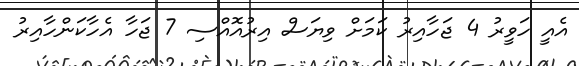
އެއީ ހަވީރު 4 ޖަހާއިރު ކަމަށް ވިޔަސް އިރުއޮއްސި 7 ޖަހާ އެހާކަންހާއިރު